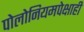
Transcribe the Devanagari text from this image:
पोलोनियमपेक्षाही